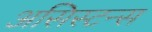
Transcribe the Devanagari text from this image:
असिस्टन्स